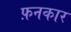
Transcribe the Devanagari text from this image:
फ़नकार